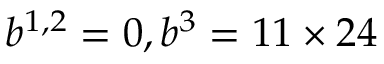
b ^ { 1 , 2 } = 0 , b ^ { 3 } = 1 1 \times 2 4